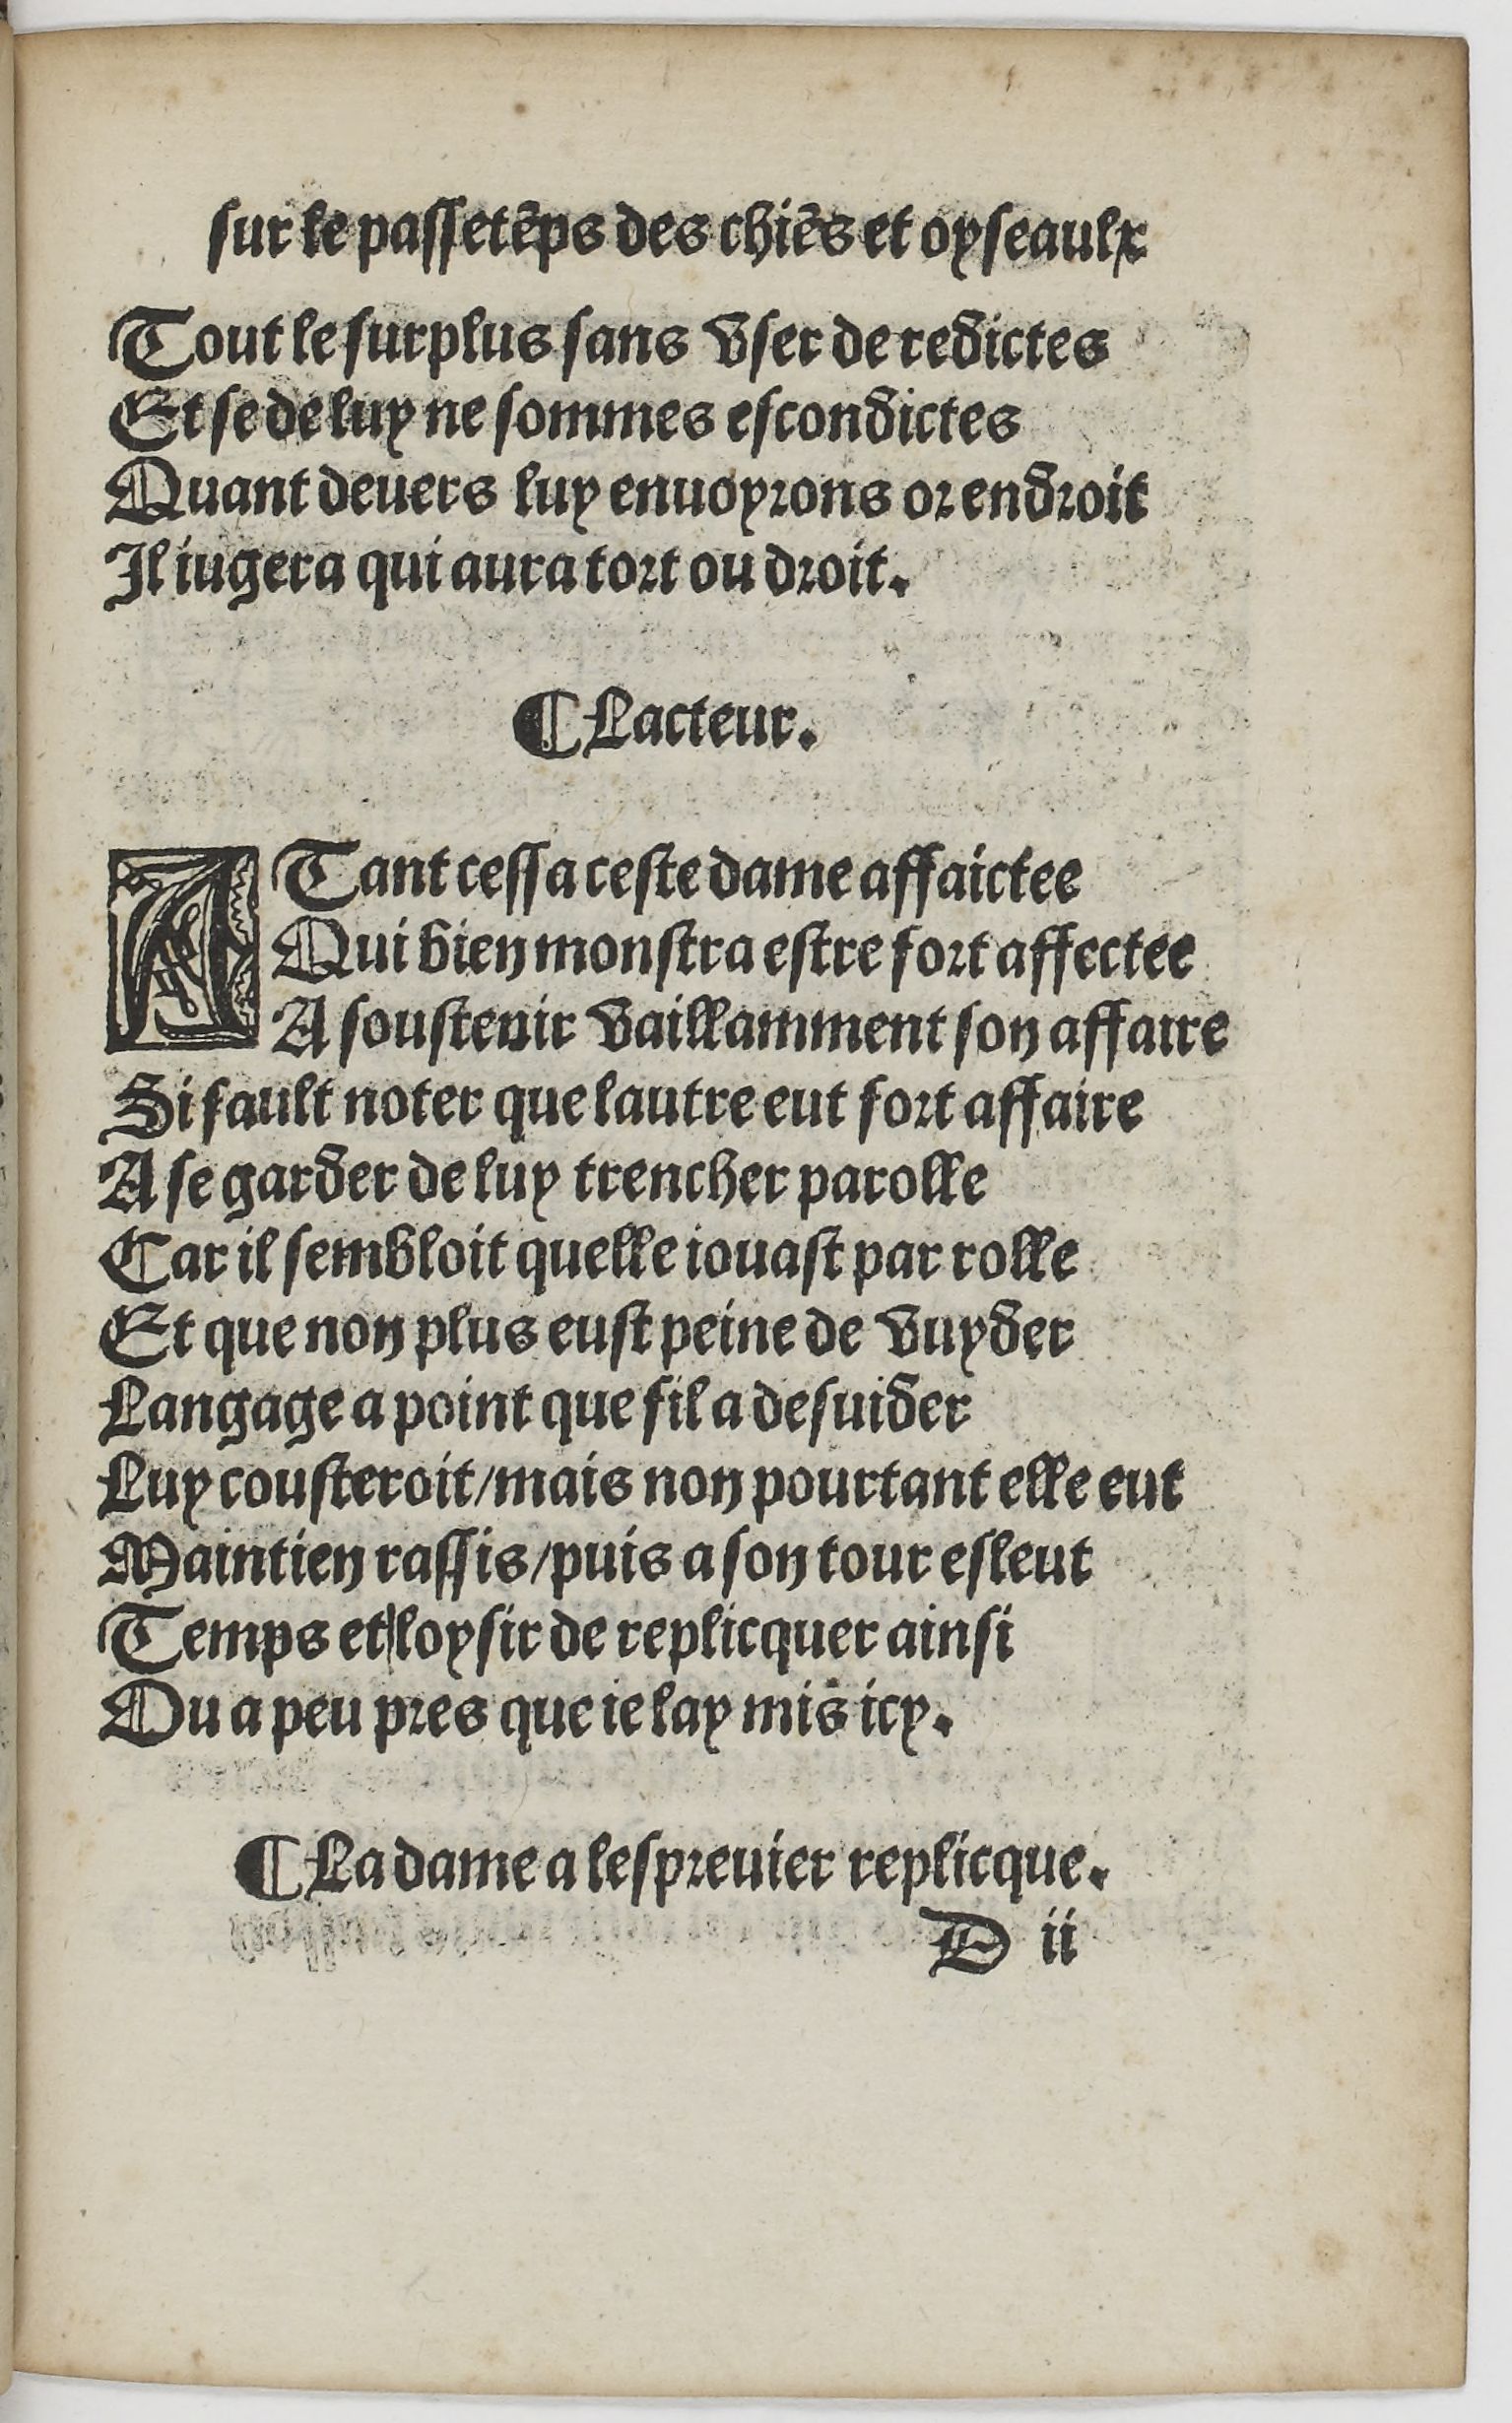
Shelfmark: Paris, BnF, Rés. YE-1395
Century: 16